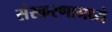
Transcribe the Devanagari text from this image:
संस्करणामध्ये